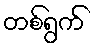
တစ်ရွက်